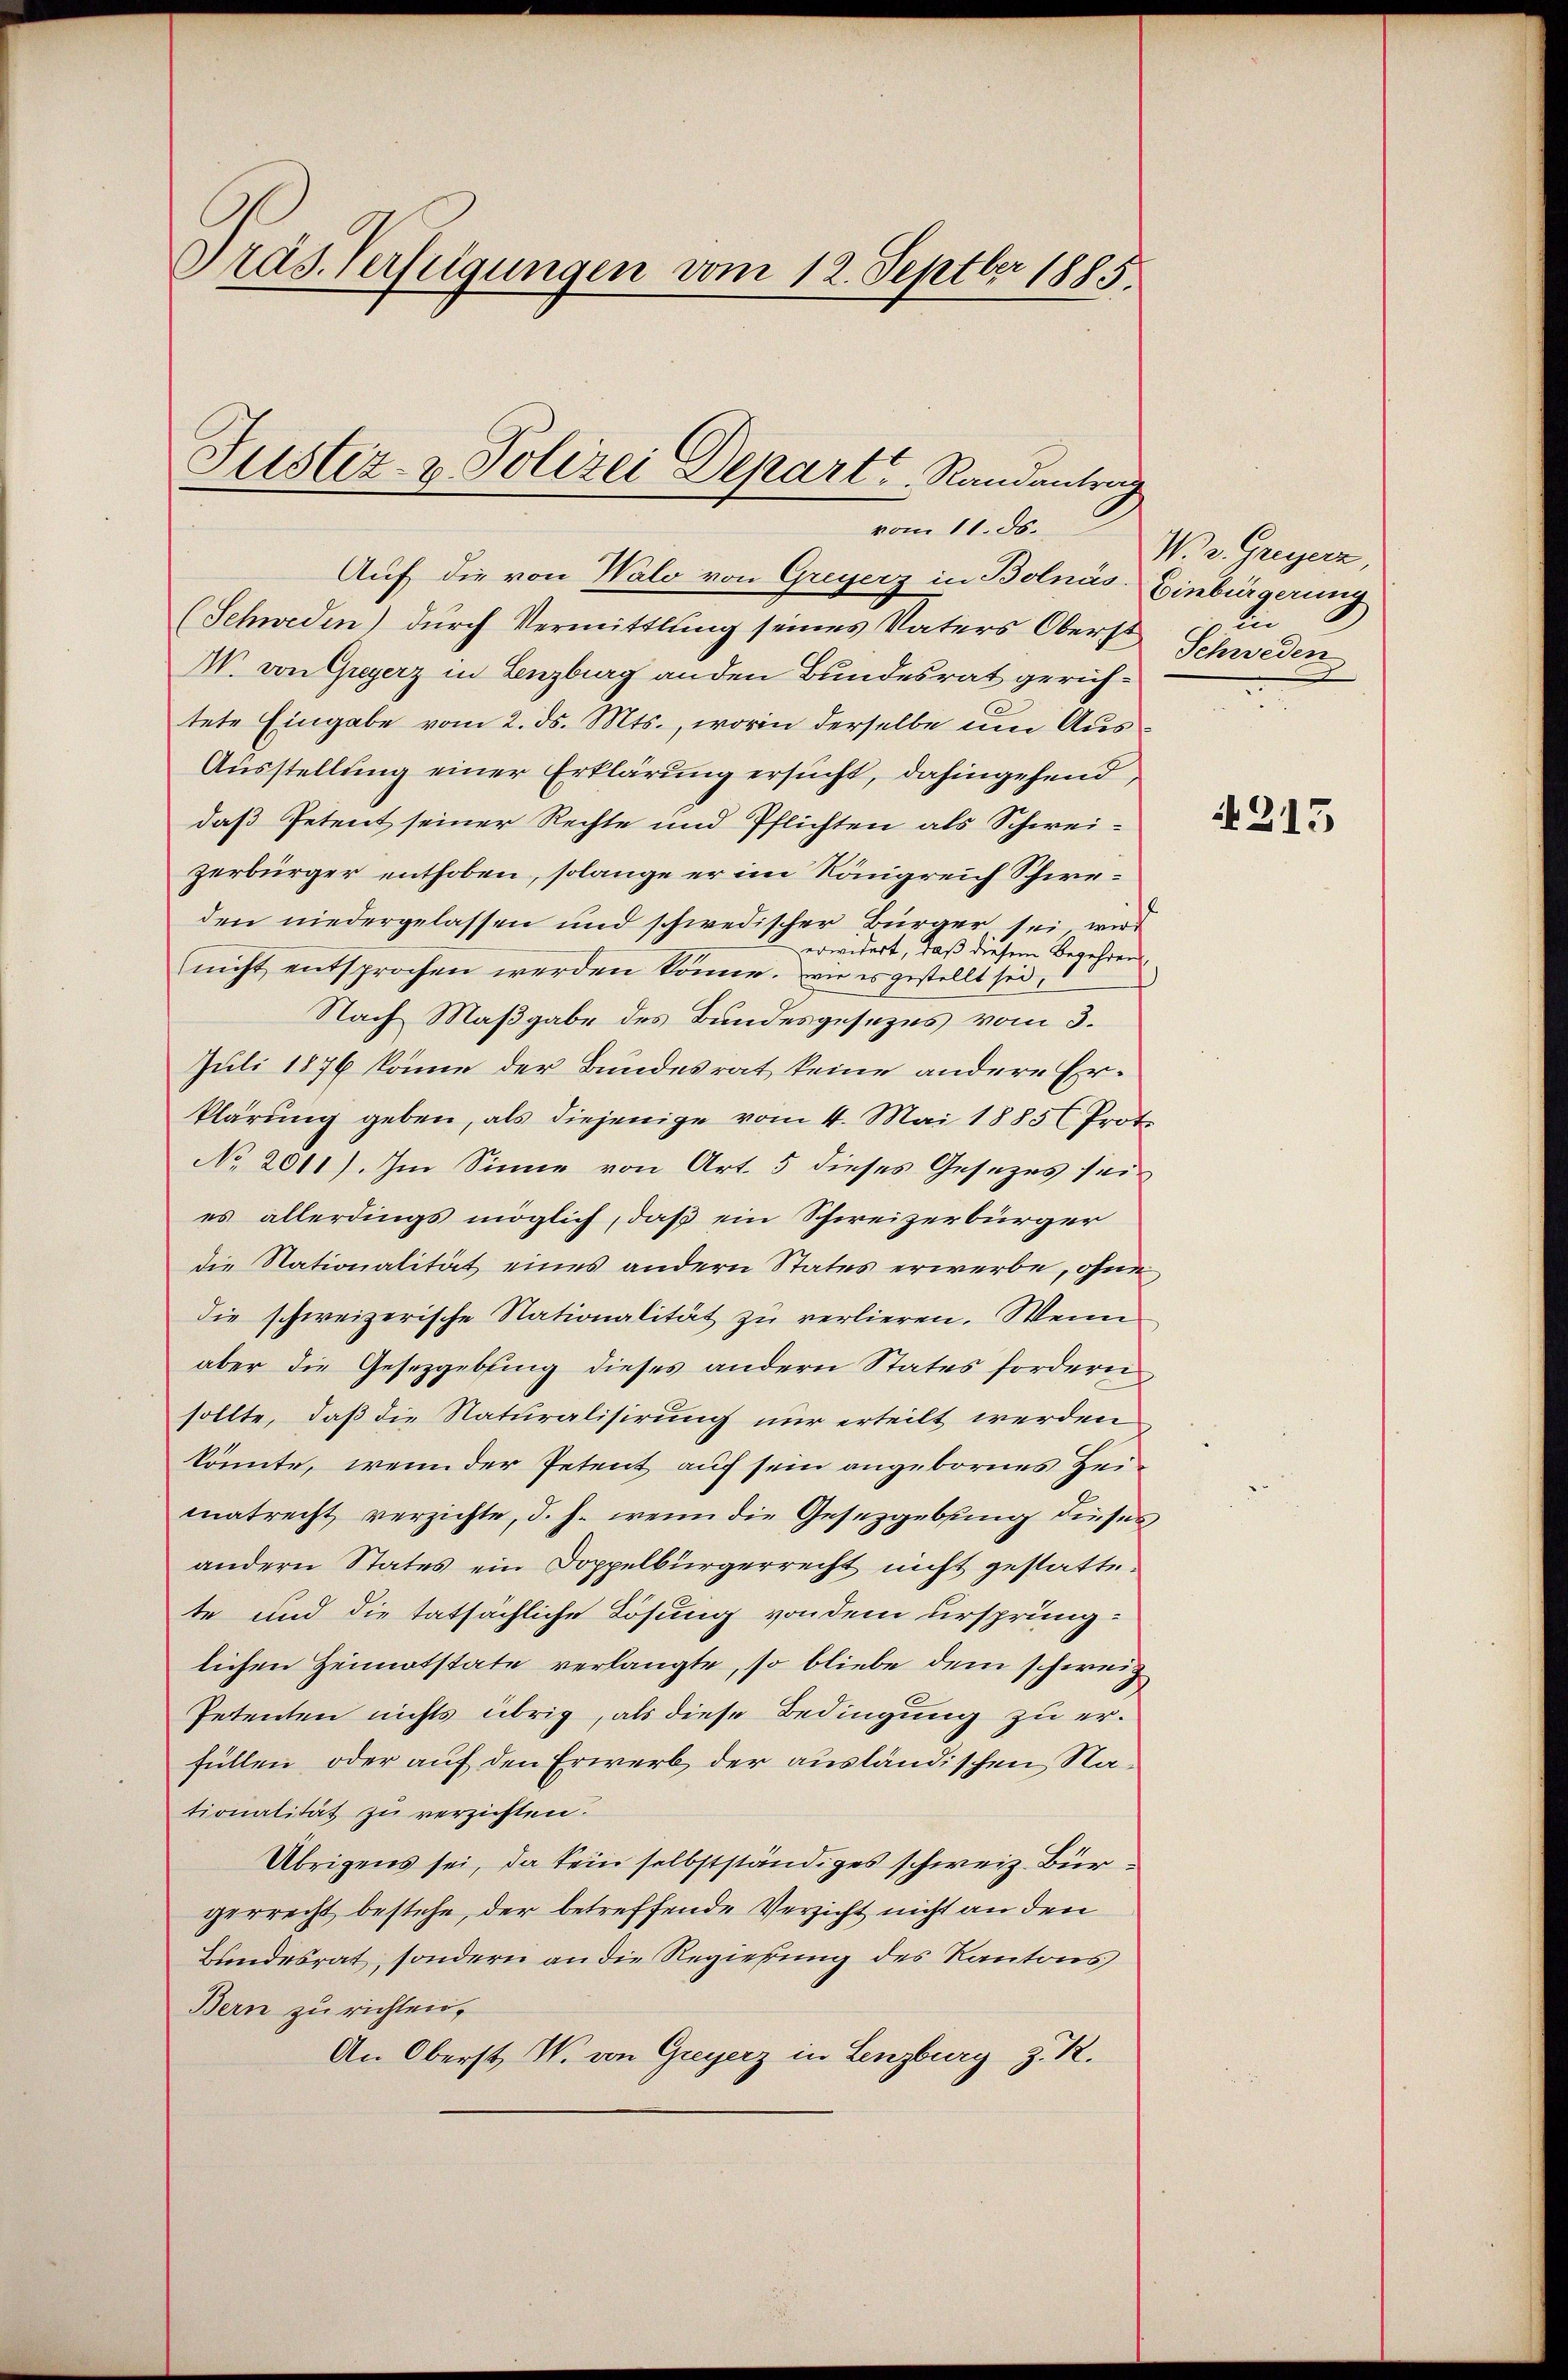
Präs. Verfügungen vom 12. Septber 1885.

Justiz- & Polizei Depart Randantrag

vom 11. ds.
Auf die von Walo von Greyerz in Bolnás.
(Schweden) durch Vermittlung seines Vaters Oberst
W. von Greyerz in Lenzburg an den Bundesrat gerichtete Eingabe vom 2. ds. Mts., worin derselbe um Aus¬
Ausstellung einer Erklärung ersucht, dahingehend,
daß Petent seiner Rechte und Pflichten als Schweizerbürger enthoben, solange er im Königreich Schweden niedergelassen und schwedischer Bürger, sei wird
erwidert, daß diesem Begehren
nicht entsprochen werden könne. wie es gestellt sei,
Nach Maßgabe des Bandesgesezes vom 3.
Juli 1876 könne der Bundesrat keine andere Erklärung geben, als diejenige vom 4. Mai 1885 Prot
No 2011). Im Sinne von Art. 5 dieses Gesezes sein
es allerdings möglich, daß ein Schweizerbürger
die Nationalität eines andern Status erwerbe, ohne
die schweizerische Nationalität zu verlieren. Wenn
aber die Gesetzgebung dieses andern States fordern
sollte, daß die Naturalisirung nur erteilt werden
könnte, wenn der Petent auf sein angebornes Heimatrecht verzichte, d. h. wenn die Gesetzgebung dieses
andern States ein Doppelbürgerrecht nicht gestatte.
te und die tatsächliche Lösung von dem ursprünglichen Heimatstate verlangte, so bliebe dem schweiz
Petenten nichts übrig, als diese Bedingung zu erfüllen, oder auf den Erwerb der ausländischen Nationalität zu verzichten.
Übrigens sei, da kein selbstständiges schweiz. Bürgerrecht bestehe, der betreffende Verzicht nicht an den
Bundesrat, sondern an die Regierung des Kantons
Bern zu richten,
An Oberst W. von Greyerz in Lenzburg z. R.

Wo. Greyerz
Einbürgerung
lie
Schweden
.

215